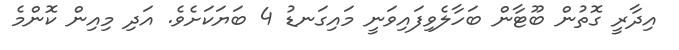
އިދާރީ ގޮތުން ބޫޓާން ބަހާލެވިފައިވަނީ މައިގަނޑު 4 ބަޔަކަށެވެ. އަދި މިއިން ކޮންމެ